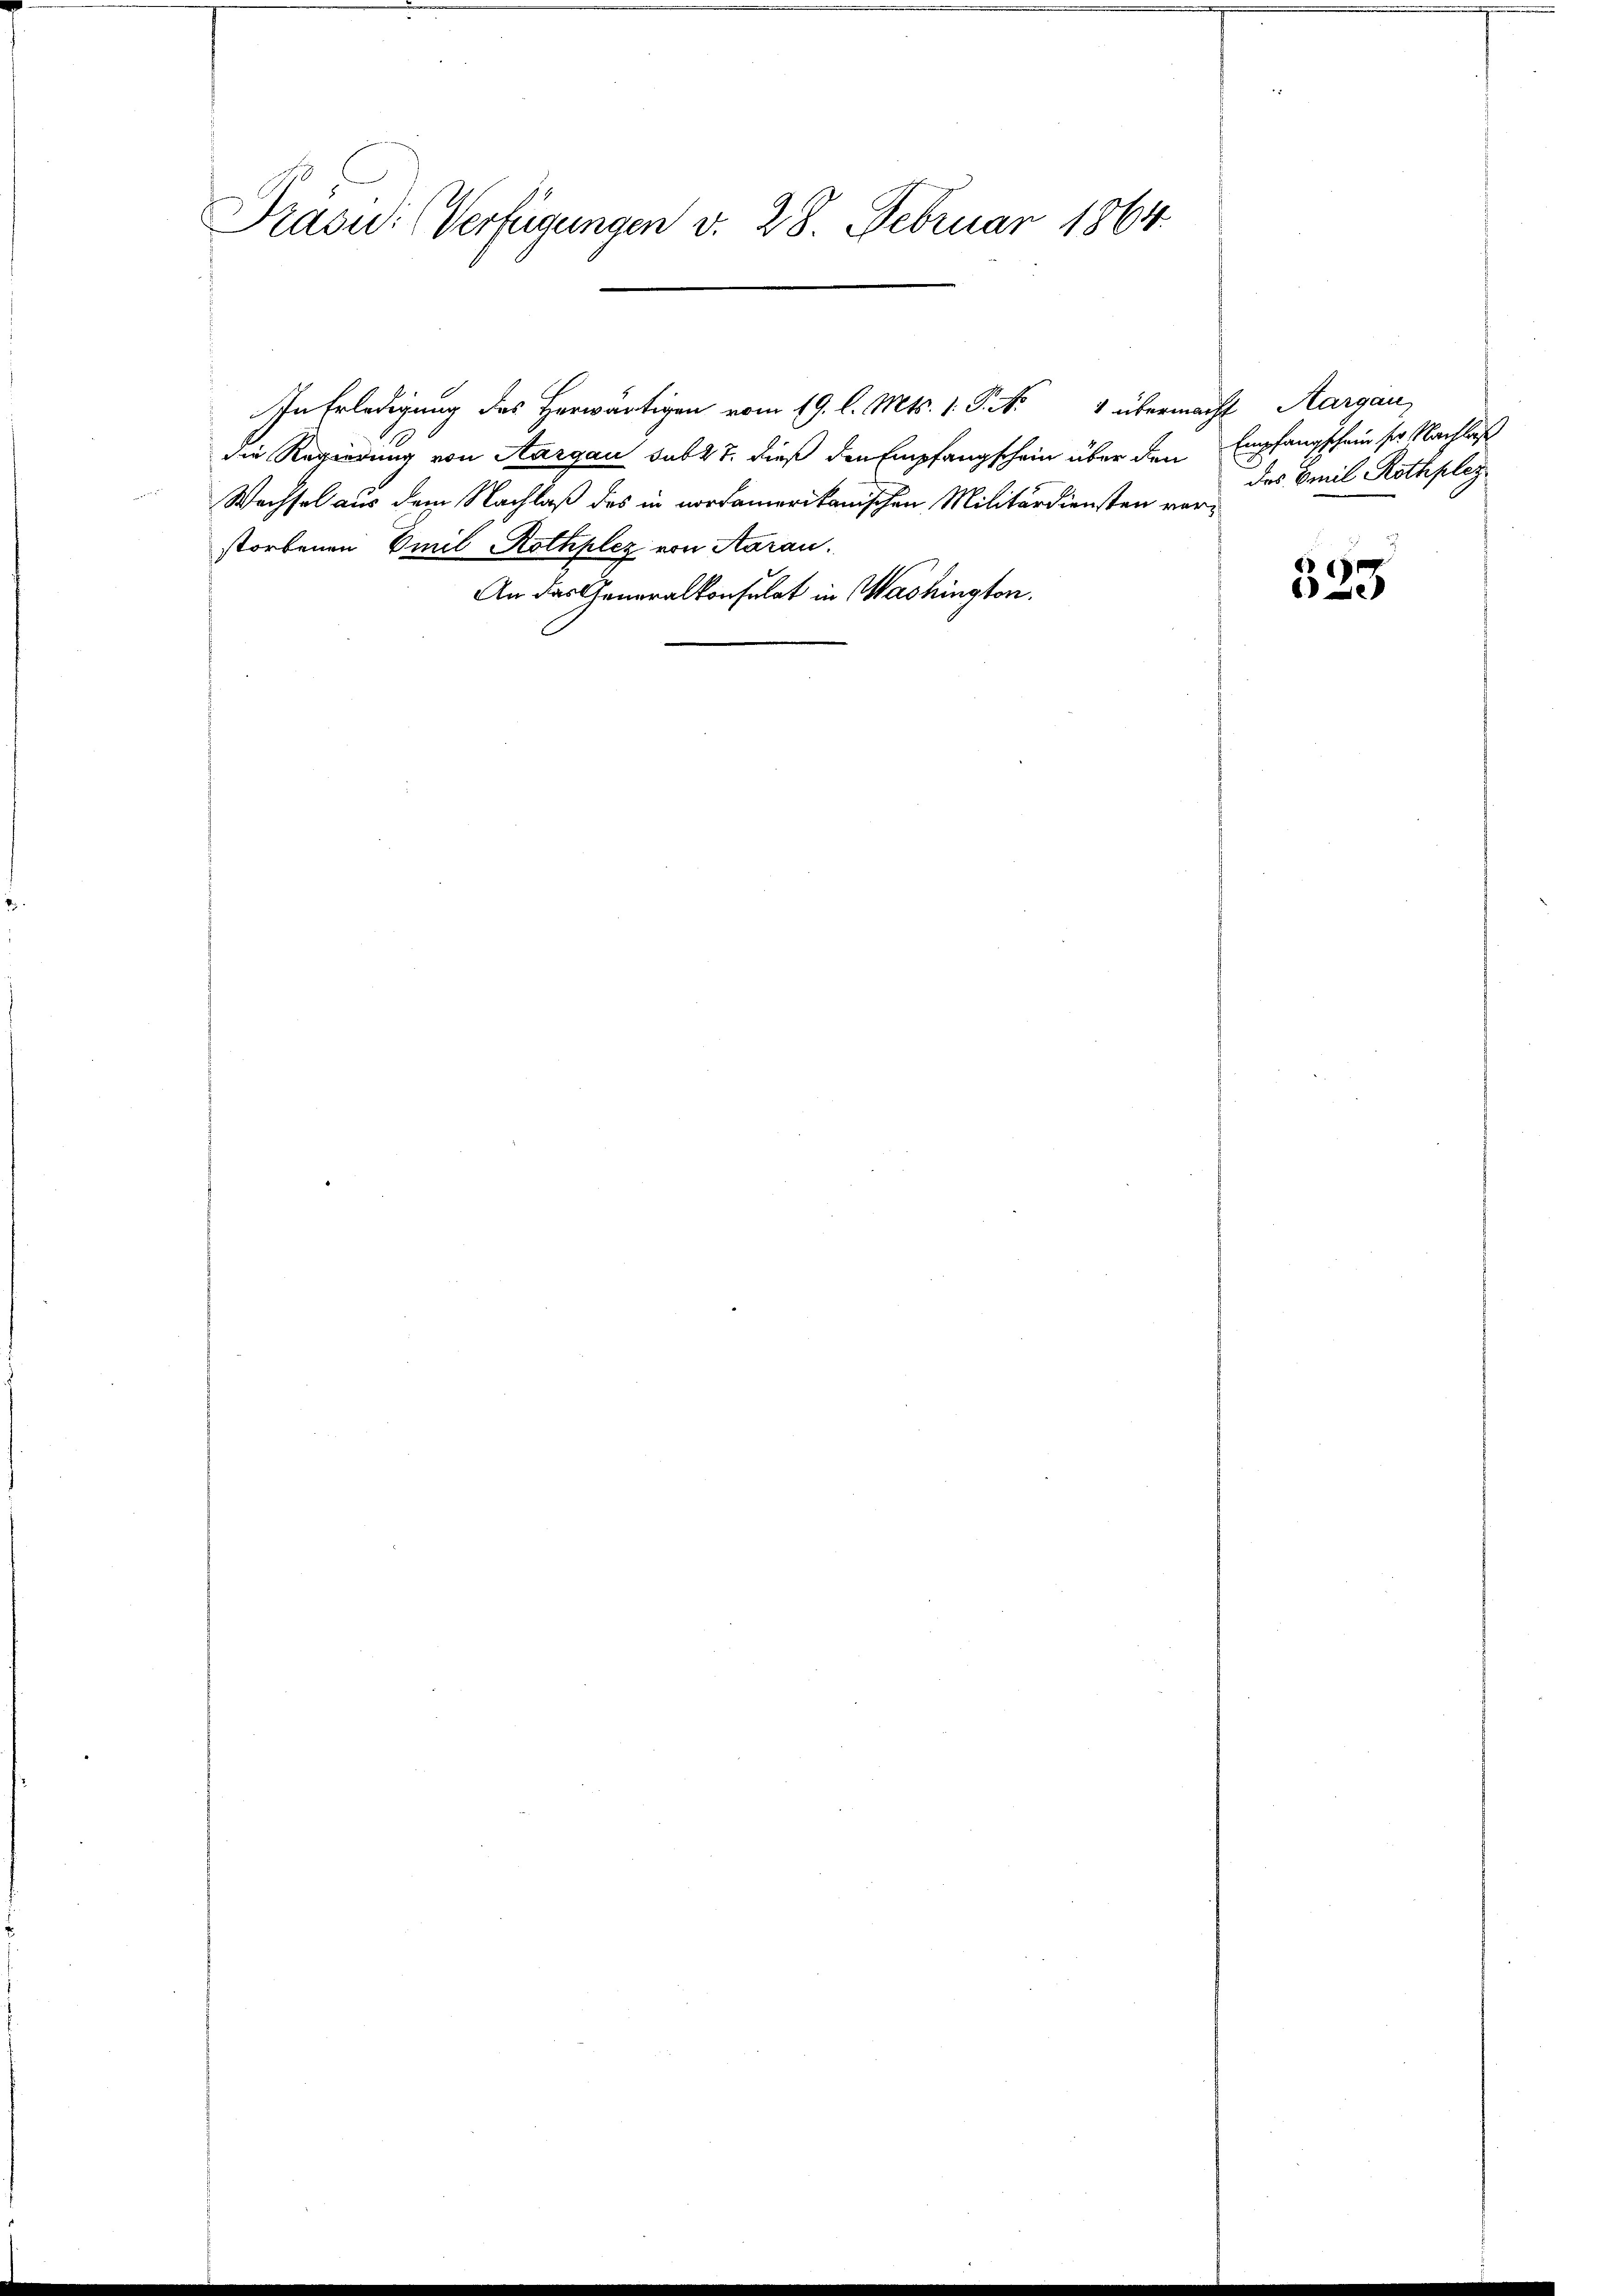
Präsid. (Verfügungen v. 28. Februar 1864.

In Erledigung des Herwärtigen vom 19. l. Mts. 1. P. No 4 übermacht Aargau
die Regierung von Aargau sub 27. dieß den Empfangschein über den
Wechsel aus dem Nachlaß des in nordamerikanischen Militärdiensten ver-
storbenen Emil Rothplez von Aarau
An das Generalkonsulat in Washington.

Empfangschein ser Nachlass
des Emil Rothplez

533